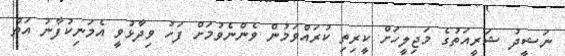
ނަޝީދު ޝަރީއަތުގެ މަޖިލީހަށް ކީރިތި ކުރައްވަމުން ވެންނެވުމަށް ފަހު ވިދާޅުވީ އެމަނިކުފާނު އަތް